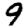
Digit: 9